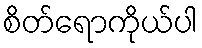
စိတ်ရောကိုယ်ပါ